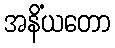
အနိံယတော